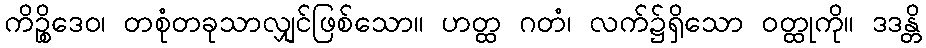
ကိဉ္စိဒေဝ၊ တစုံတခုသာလျှင်ဖြစ်သော။ ဟတ္ထ ဂတံ၊ လက်၌ရှိသော ဝတ္ထုကို။ ဒဒန္တိ